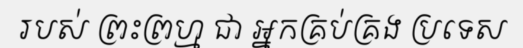
របស់ ព្រះព្រហ្ម ជា អ្នកគ្រប់គ្រង ប្រទេស